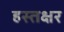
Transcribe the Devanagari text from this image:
हस्तक्षर